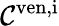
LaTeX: \mathcal{C}^{\mathrm{{ven,i}}}